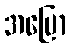
အပြော